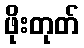
ဖိုးတုတ်